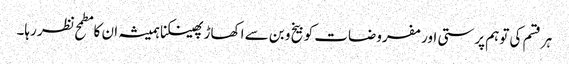
ہر قسم کی توہم پرستی اور مفروضات کو بیخ و بن سے اکھاڑ پھینکنا ہمیشہ ان کا مطمح نظر رہا۔